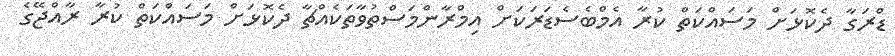
ޑްރަގާ ދެކޮޅަށް މަސައްކަތް ކުރާ އެމްބެސެޑަރަަކަށް އިމްރާންމަސްތުވާތަކެއްޗާ ދެކޮޅަށް މަސައްކަތް ކުރާ ރާއްޖޭގެ